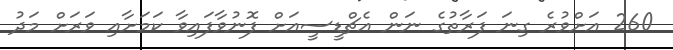
260 އަށްވުރެ ގިނަ ފަރާތުގެ ނަން އެޗްޑީސީއަށް ފޮނުވާފައިވާ ކަމަށާއި ވަރަށް މަދު